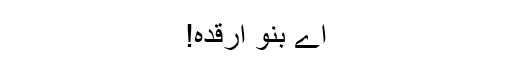
اے بنو ارقدہ!